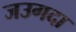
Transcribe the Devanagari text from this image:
जउगदा